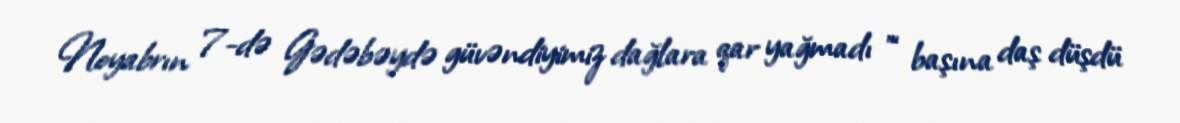
Noyabrın 7-də Gədəbəydə güvəndiyimiz dağlara qar yağmadı ”“ başına daş düşdü